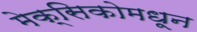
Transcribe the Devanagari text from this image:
मेक्सिकोमधून